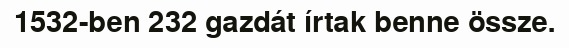
1532-ben 232 gazdát írtak benne össze.